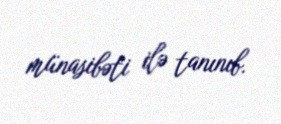
münasibəti ilə tanınıb.